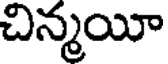
చిన్మయీ